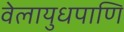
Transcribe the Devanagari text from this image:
वेलायुधपाणि